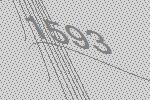
1593